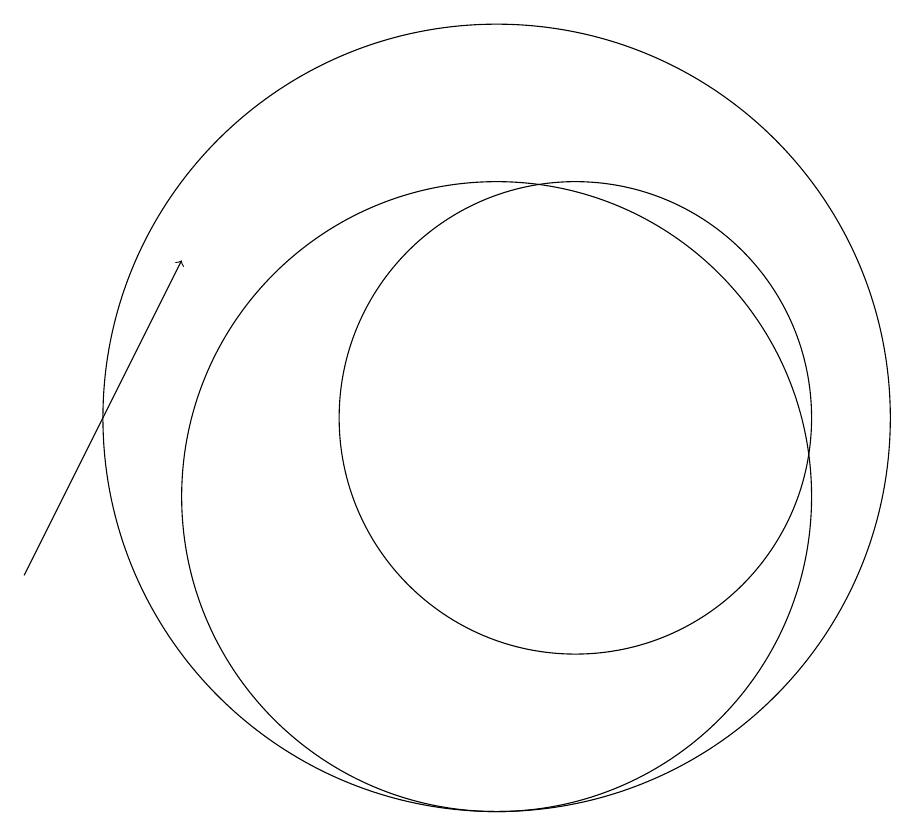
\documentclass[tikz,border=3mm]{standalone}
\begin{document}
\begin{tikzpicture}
\draw (11,12) circle (3);
\draw (10,12) circle (5);
\draw[->] (4,10) -- (6,14);
\draw (10,11) circle (4);
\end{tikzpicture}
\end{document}